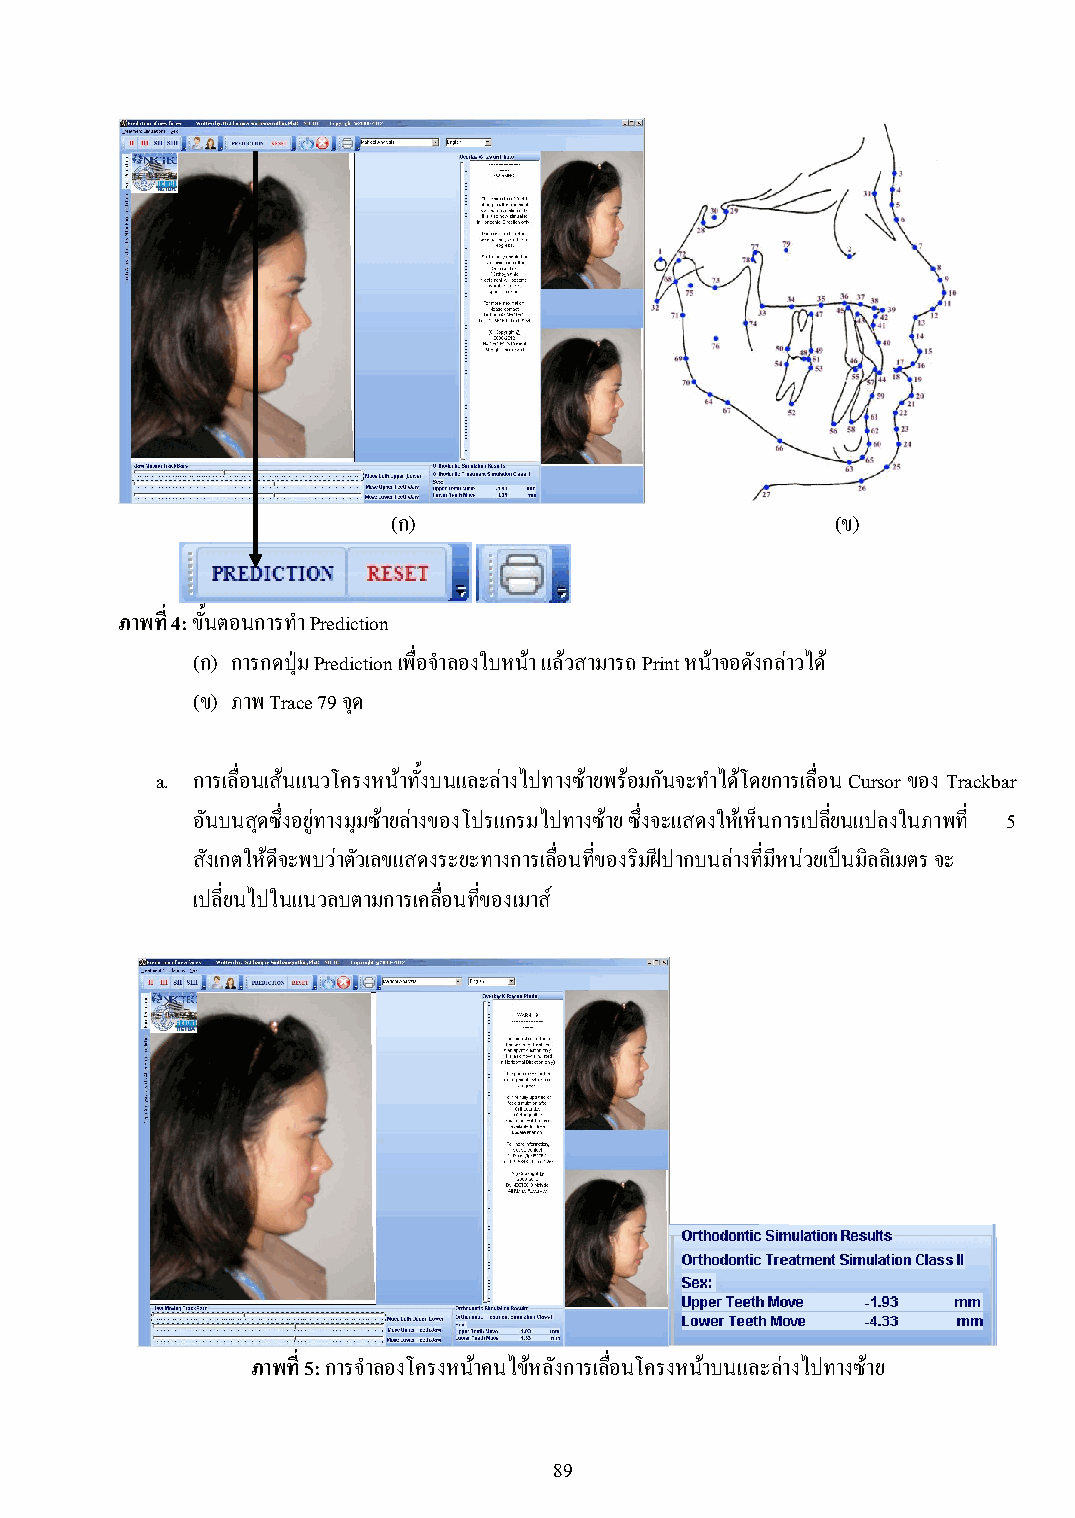
(ก)                          (ข)
 ภาพที่ 4: ขั้นตอนการท า Prediction
 (ก) การกดปุ่ม Prediction เพื่อจ าลองใบหน้า แล้วสามารถ Print หน้าจอดังกล่าวได ้
 (ข) ภาพ Trace 79 จุด
 a. การเลื่อนเส้นแนวโครงหน้าทั้งบนและล่างไปทางซ้ายพร้อมกันจะท าได้โดยการเลื่อน Cursor ของ Trackbar
 อันบนสุดซึ่งอยู่ทางมุมซ้ายล่างของโปรแกรมไปทางซ้าย ซึ่งจะแสดงให้เห็นการเปลี่ยนแปลงในภาพที่ 5
 สังเกตให้ดจี ะพบว่าตัวเลขแสดงระยะทางการเลื่อนที่ของริมฝีปากบนล่างที่มีหน่วยเป็นมิลลิเมตร จะ
 เปลี่ยนไปในแนวลบตามการเคลื่อนที่ของเมาส ์
 ภาพที่ 5: การจ าลองโครงหน้าคนไข้หลังการเลื่อนโครงหน้าบนและล่างไปทางซ้าย
 89